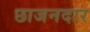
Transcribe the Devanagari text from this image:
छाजनदार